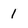
Character: 1